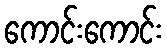
ကောင်းကောင်း